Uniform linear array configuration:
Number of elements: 12
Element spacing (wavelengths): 1
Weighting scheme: hann
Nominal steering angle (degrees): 45
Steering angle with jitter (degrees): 45.914
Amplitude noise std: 0.05
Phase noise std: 0.05

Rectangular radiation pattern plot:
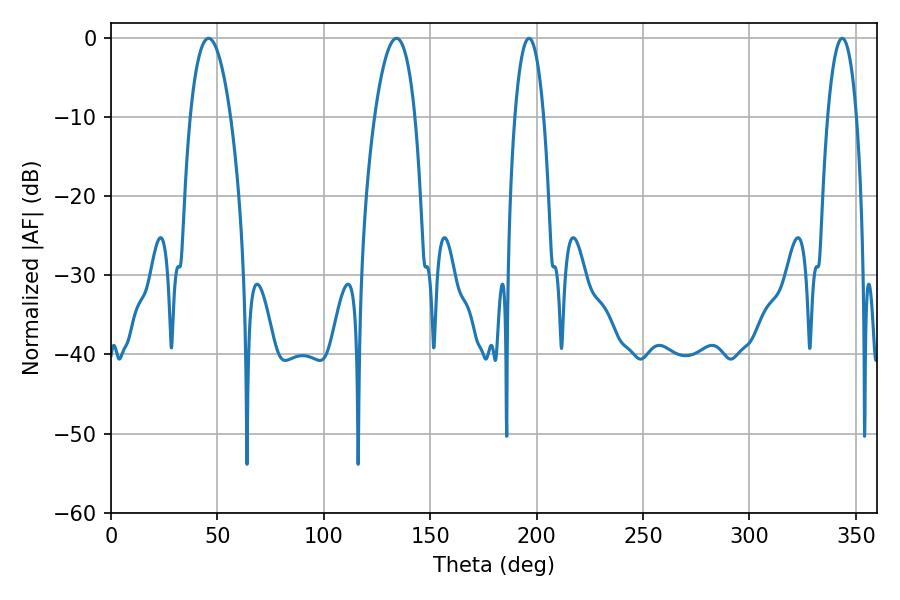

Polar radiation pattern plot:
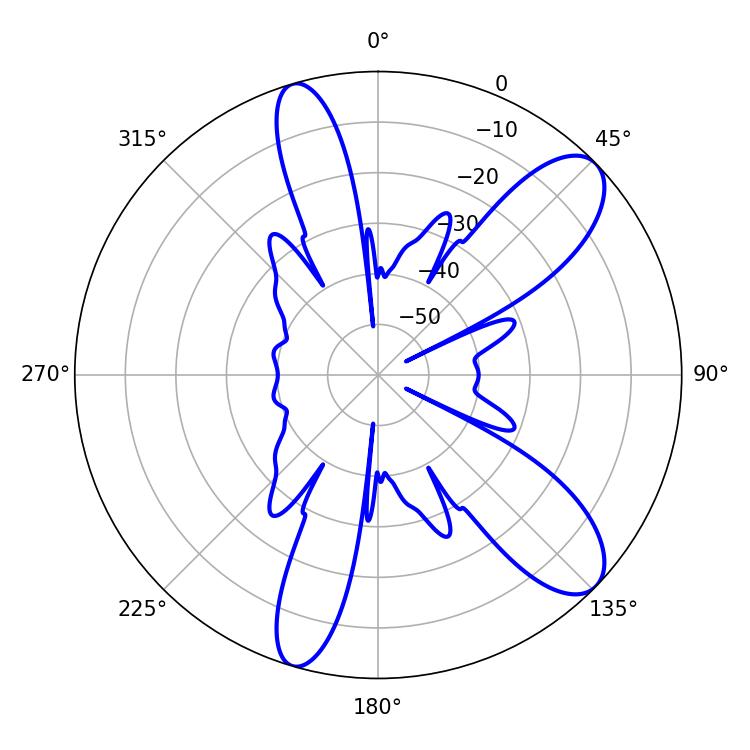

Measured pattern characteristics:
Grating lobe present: TRUE
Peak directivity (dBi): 9.926
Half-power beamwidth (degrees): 7.56
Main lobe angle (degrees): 196.38